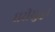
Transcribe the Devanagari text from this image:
घरीसुद्धा